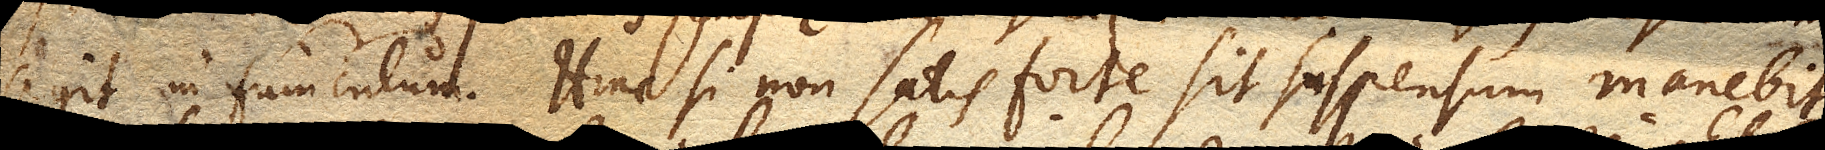
agit in funiculum. Hinc si non satis forte sit suspensum manebit